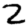
Digit: 2